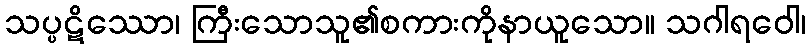
သပ္ပဋိဿော၊ ကြီးသောသူ၏စကားကိုနာယူသော။ သဂါရဝေါ၊